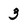
Character: 3